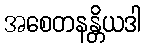
အစေတနန္တိယဒါ